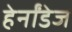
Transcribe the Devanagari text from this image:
हेर्नांडेज